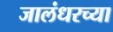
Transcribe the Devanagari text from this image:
जालंधरच्या